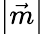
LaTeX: \left|\vec{m}\right|